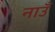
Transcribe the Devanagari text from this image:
नाउँ